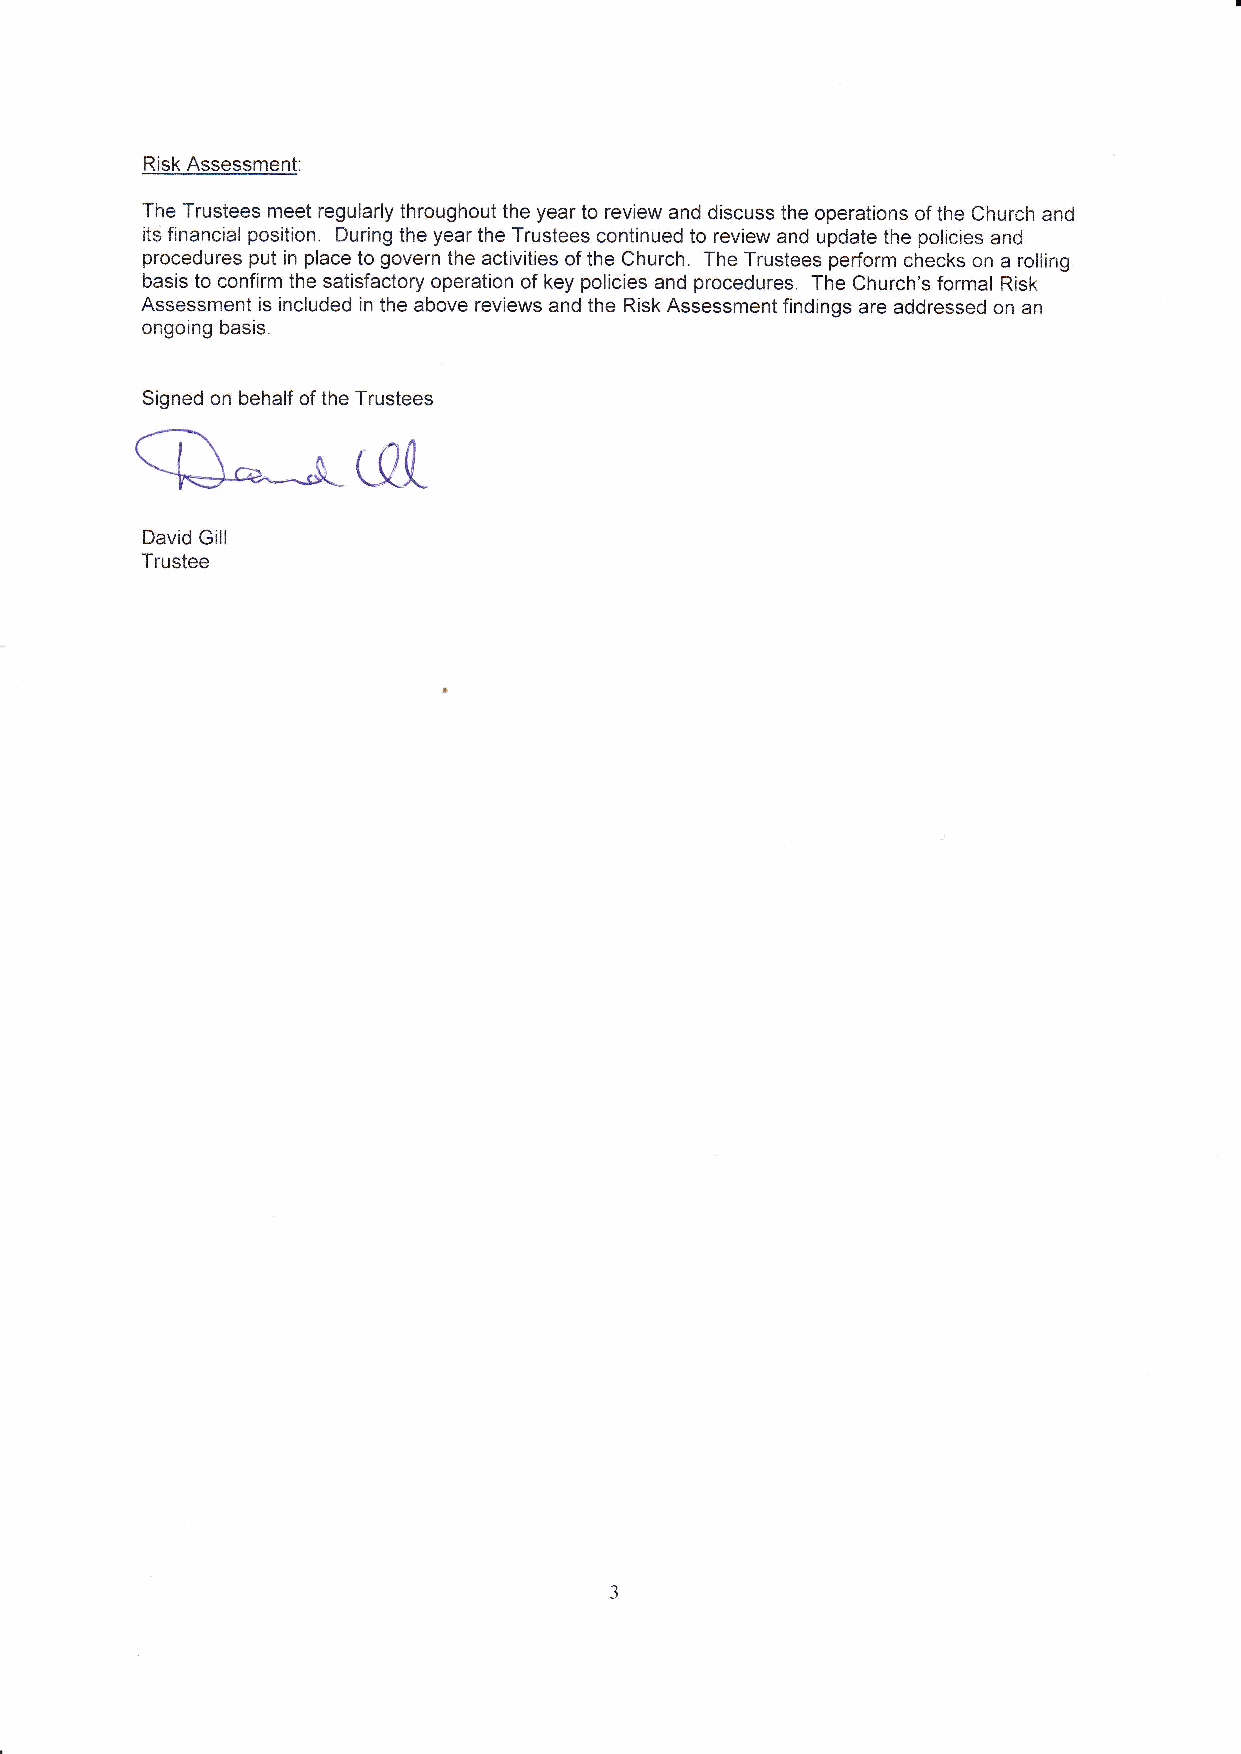
Risk Assessment:
 The Trustees meet regularly throughout the year to review and discuss the operations of the Church and
 its financial position. During the year the Trustees continued to review and update the policies and
 procedures put in place to govern the activities of the Church. The Trustees perform checks on a rolling
 basis to confirm the satisfactory operation of key policies and procedures. The Church's formal Risk
 Assessment is included in'the above reviews and the Risk Assessment findings are addressed on an
 ongoing basis.
 fSignued on bUehalf of theL Trustees
 David Gill
 Trustee